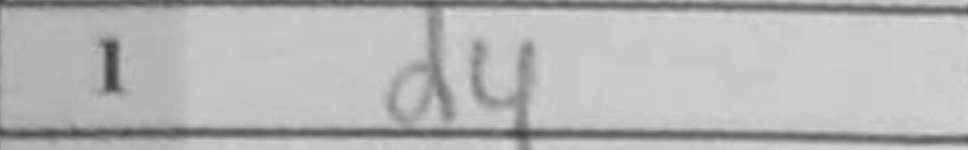
Transcription: d4